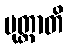
ပုတ္တာတိ